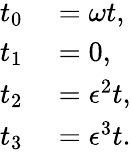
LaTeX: \begin{array}{rl}{t_{0}}&{{}=\omega t,}\\ {t_{1}}&{{}=0,}\\ {t_{2}}&{{}=\epsilon^{2}t,}\\ {t_{3}}&{{}=\epsilon^{3}t.}\end{array}